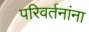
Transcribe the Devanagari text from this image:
परिवर्तनांना